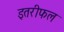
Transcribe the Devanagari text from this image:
इतरीफल